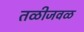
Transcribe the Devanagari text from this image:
तळीजवळ